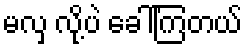
မလှ လို့ပဲ ခေါ်ကြတယ်